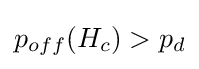
p_{off}(H_{c})>p_{d}